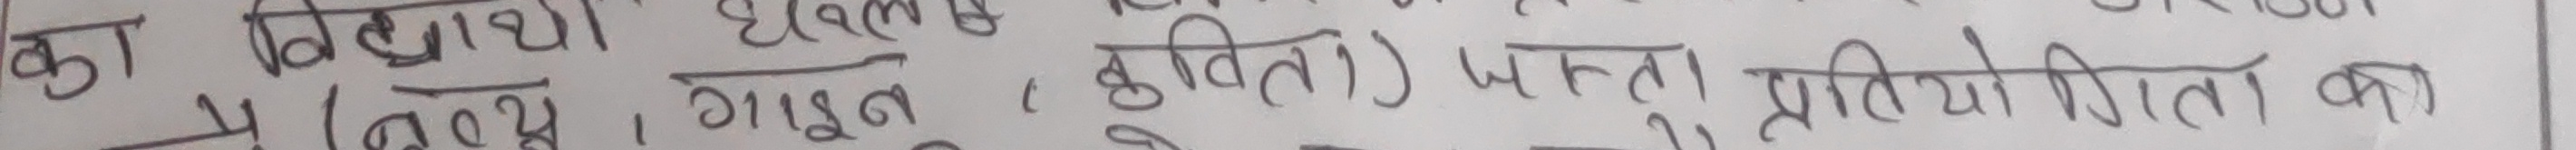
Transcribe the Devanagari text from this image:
का विद्यार्थीहरु (गायन, नृत्य, कृति) जस्ता प्रतियोगिता का